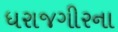
ધરાજગીરના